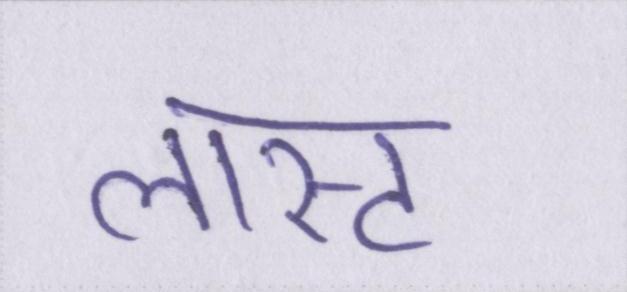
लास्ट